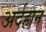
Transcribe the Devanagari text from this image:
अर्दहान